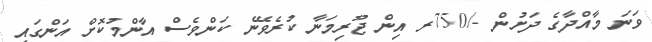
ވަނަ މާއްދާގެ ދަށުން -/750ރ އިން ޖޫރިމަނާ ކުރެވޭނެ ކަންވެސް އާންމުކޮށް އަންގައި